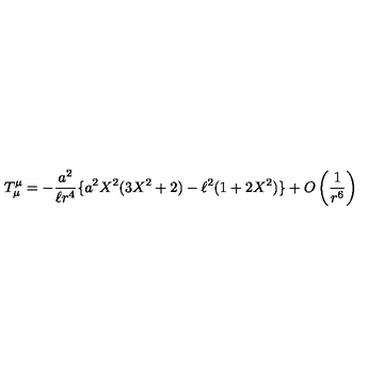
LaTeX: T _ { \mu } ^ { \mu } = - \frac { a ^ { 2 } } { \ell r ^ { 4 } } \{ a ^ { 2 } X ^ { 2 } ( 3 X ^ { 2 } + 2 ) - \ell ^ { 2 } ( 1 + 2 X ^ { 2 } ) \} + O \left( \frac { 1 } { r ^ { 6 } } \right)